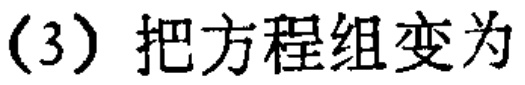
(3) 把方程组变为